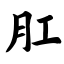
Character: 肛